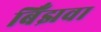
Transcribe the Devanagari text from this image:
बिँझवा